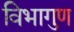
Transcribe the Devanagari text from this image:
विभागुण